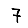
Digit: 7